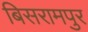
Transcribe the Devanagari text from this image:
बिसरामपुर